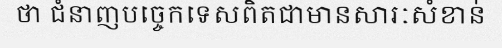
ថា ជំនាញបច្ចេកទេសពិតជាមានសារៈសំខាន់